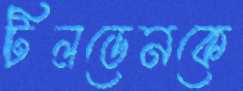
টিলডেনকে